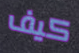
كيف